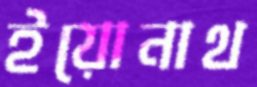
ইয়োনাথ